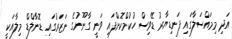
އަދި މިމައްސަލާގައި ފަނޑިޔާރު ޑޭވިސް ހުކުމްކޮށްފައި ވަނީ ގާނޫނުގެ ނަޒަރުގައި ޑޮނާލްޑް މިލާއަކީ